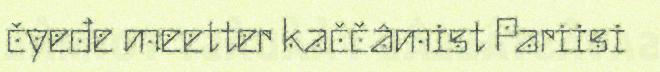
čyeđe meetter kaččâmist Pariisi